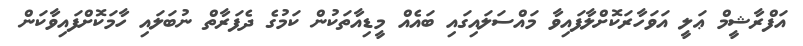
އަފްރާޝީމް ޢަލީ އަވަހާރަކޮށްލާފައިވާ މައްސަލައިގައި ބައެއް މީޑިއާތަކުން ކަމުގެ ދެފަރާތް ނުބަލައި ހާމަކޮށްފައިވާކަން